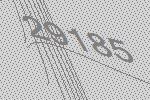
29185